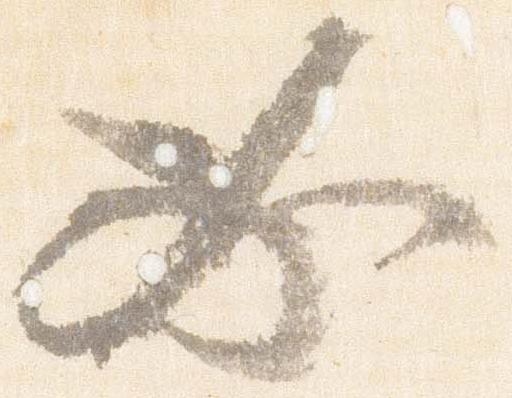
必